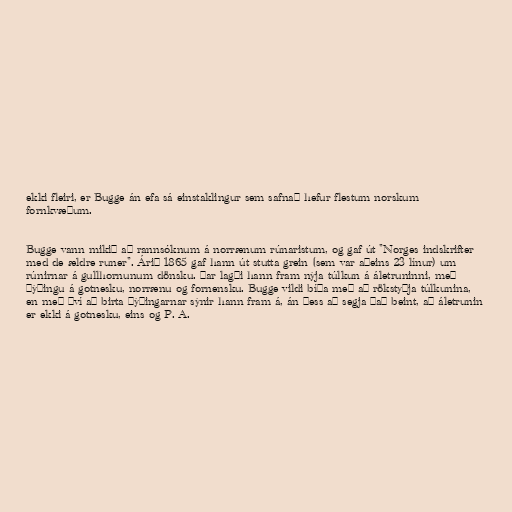
ekki fleiri, er Bugge án efa sá einstaklingur sem safnað hefur flestum norskum
fornkvæðum.

Bugge vann mikið að rannsóknum á norrænum rúnaristum, og gaf út "Norges indskrifter
med de ældre runer". Árið 1865 gaf hann út stutta grein (sem var aðeins 23 línur) um
rúnirnar á gullhornunum dönsku. Þar lagði hann fram nýja túlkun á áletruninni, með
þýðingu á gotnesku, norrænu og fornensku. Bugge vildi bíða með að rökstyðja túlkunina,
en með því að birta þýðingarnar sýnir hann fram á, án þess að segja það beint, að áletrunin
er ekki á gotnesku, eins og P. A.